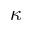
\kappa